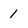
Character: 1